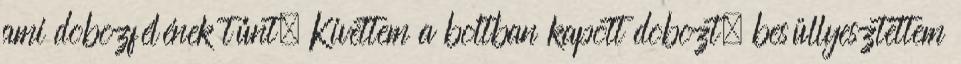
ami dobozfélének tűnt. Kivettem a boltban kapott dobozt, besüllyesztettem